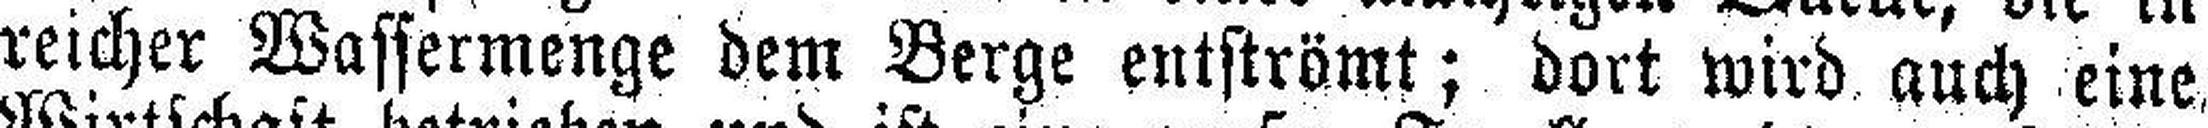
reicher Wassermenge dem Berge entströmt; dort wird auch eine.